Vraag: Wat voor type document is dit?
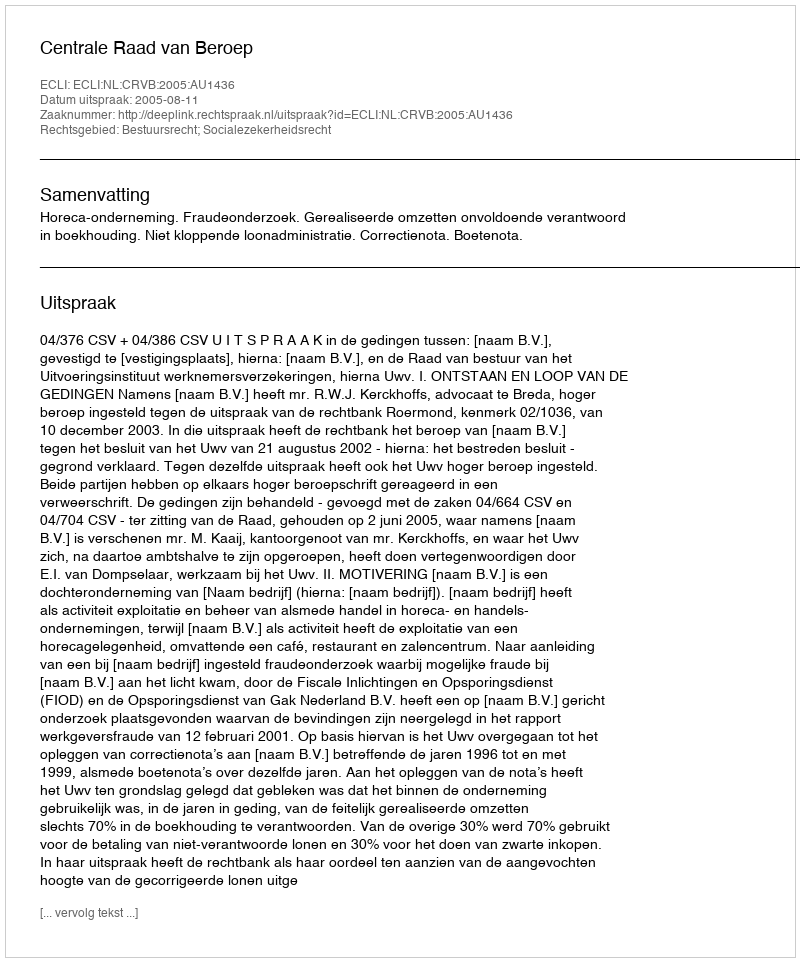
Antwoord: Uitspraak